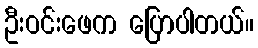
ဦးဝင်းဖေက ပြောပါတယ်။